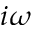
i \omega